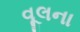
વૂલના